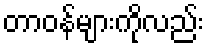
တာဝန်များကိုလည်း